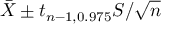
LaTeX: { \bar { X } } \pm t _ { n - 1 , 0 . 9 7 5 } S / { \sqrt { n } }